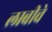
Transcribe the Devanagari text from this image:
लाबीचे